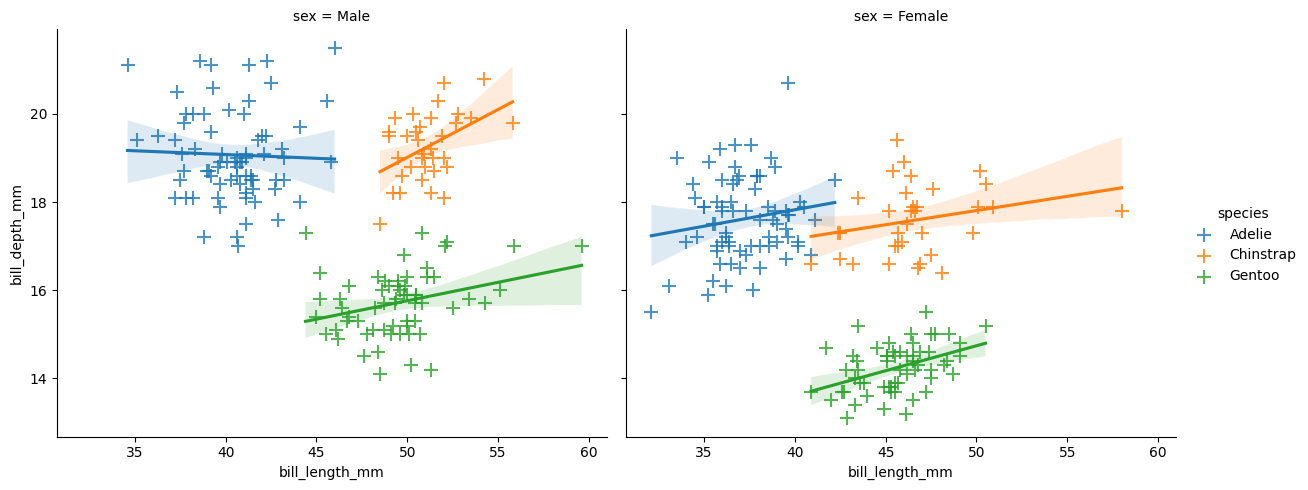
python, seaborn, lmplot, aspect=1.2, order=1, markers='+'